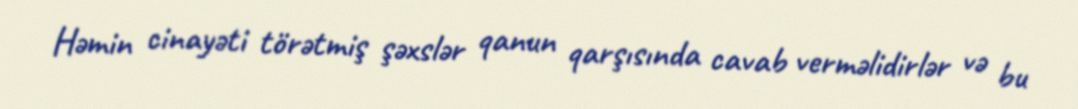
Həmin cinayəti törətmiş şəxslər qanun qarşısında cavab verməlidirlər və bu